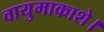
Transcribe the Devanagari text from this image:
वायुमाकाशे।